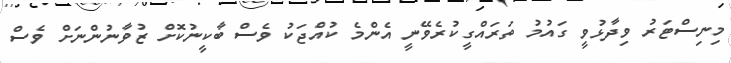
މިނިސްޓަރު ވިދާޅުވީ ގައުމު ތަރައްގީކުރެވޭނީ އެންމެ ކުއްޖަކު ވެސް ބާކީނުކޮށް ޒުވާނުންނަށް ވެސް